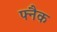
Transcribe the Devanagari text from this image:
फ्नैक